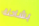
بشاحنة